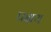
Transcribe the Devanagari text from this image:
प्रक्षय